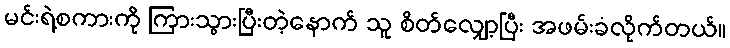
မင်းရဲ့စကားကို ကြားသွားပြီးတဲ့နောက် သူ စိတ်လျှော့ပြီး အဖမ်းခံလိုက်တယ်။